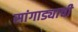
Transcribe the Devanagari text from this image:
सांगाड्याची